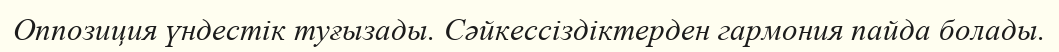
Оппозиция үндестік туғызады. Сәйкессіздіктерден гармония пайда болады.